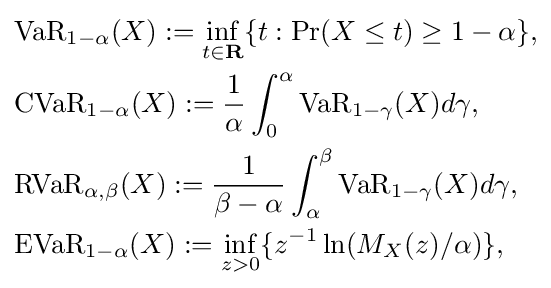
{\begin{aligned}&{\text{VaR}}_{1-\alpha }(X):=\inf _{t\in \mathbf {R} }\{t:{\text{Pr}}(X\leq t)\geq 1-\alpha \},\\&{\text{CVaR}}_{1-\alpha }(X):={\frac {1}{\alpha }}\int _{0}^{\alpha }{\text{VaR}}_{1-\gamma }(X)d\gamma ,\\&{\text{RVaR}}_{\alpha ,\beta }(X):={\frac {1}{\beta -\alpha }}\int _{\alpha }^{\beta }{\text{VaR}}_{1-\gamma }(X)d\gamma ,\\&{\text{EVaR}}_{1-\alpha }(X):=\inf _{z>0}\{z^{-1}\ln(M_{X}(z)/\alpha )\},\end{aligned}}